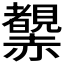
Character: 𧺂